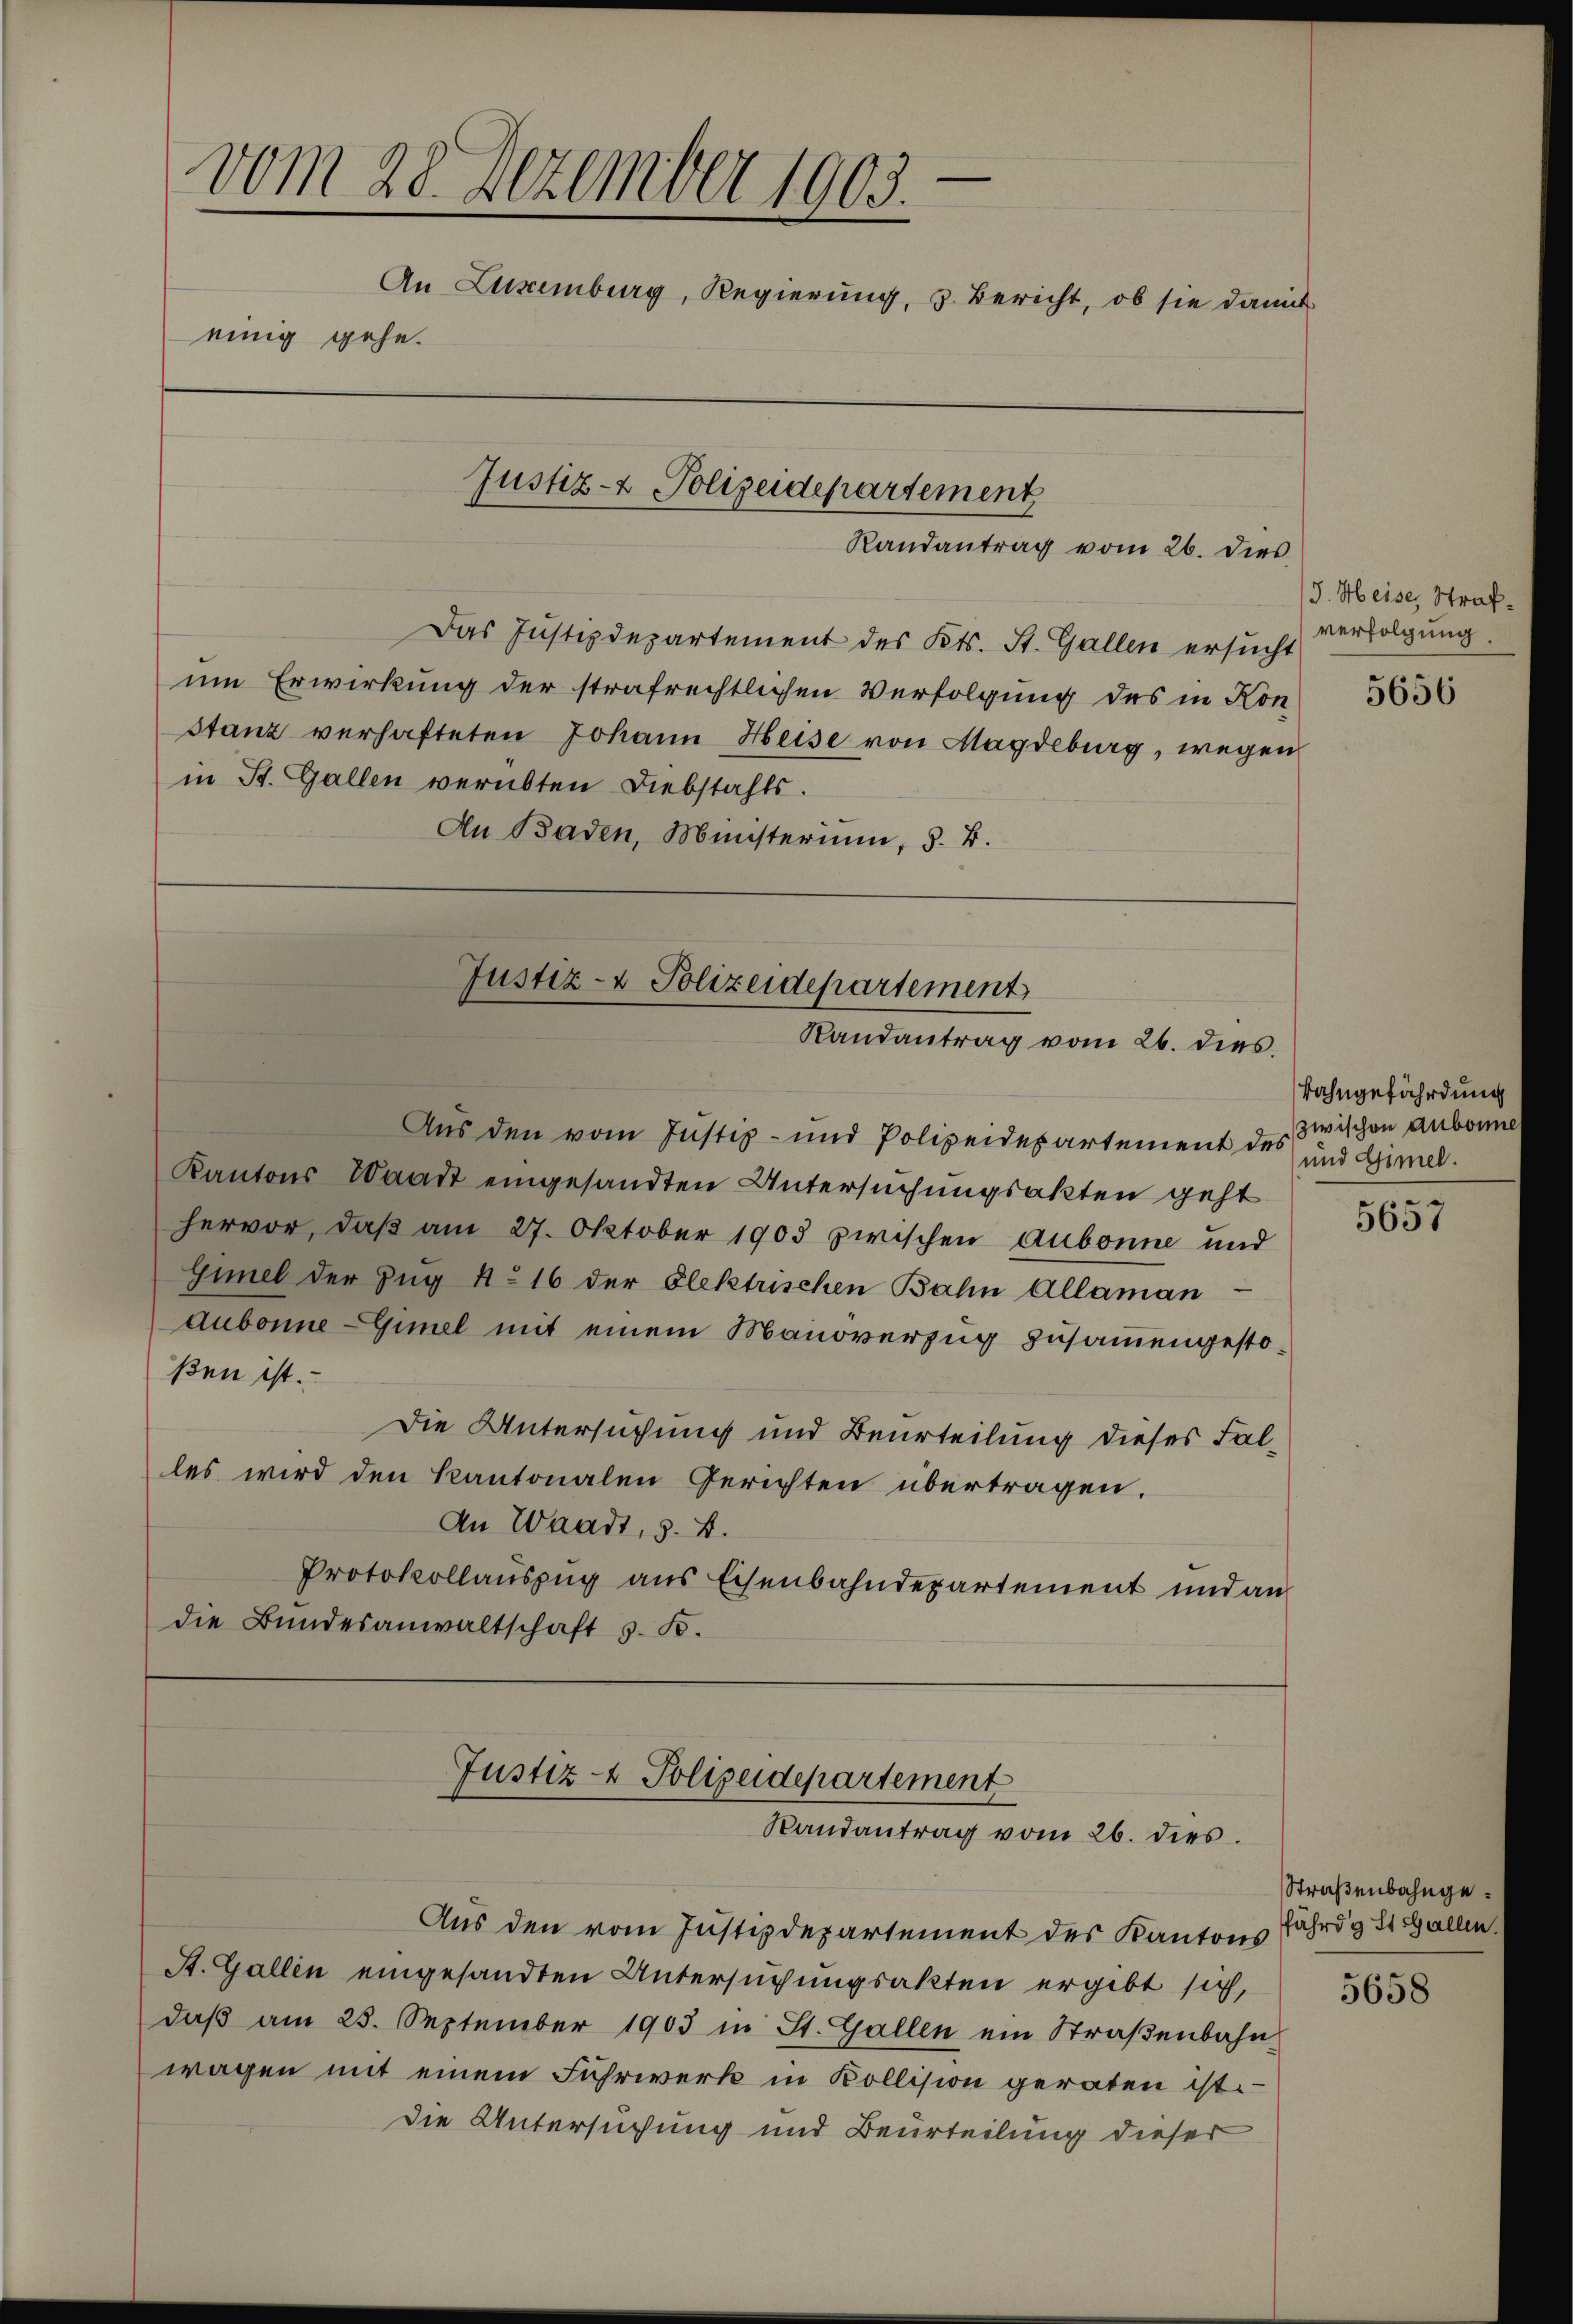
vom 28. Dezember 1903.
An Luxenburg, Regierung, 3. Bericht, ob sie damit
einig gehe.
Justiz- & Polizeidepartement
Randantrag vom 26. dies

ßen ist.

Aus den vom Justiz- und Polizeidepartement des und Gimel¬
Kantons Waadt eingesandten Untersuchungsakten geht
hervor, daß am 27. Oktober 1903 zwischen Aubonne und
Gimel der Zug 4. 16 der Elektrischen Bahn Allaman
dubonne -Gimel mit einem Manoverzug zusammengesto¬
Die Untersuchung und Beurteilung dieses Falles wird den Kantonalen Gerichten übertragen.
An Waadt, s. B.
Protokollauszug aus Eisenbahndepartement und an
die Bundesanwaltschaft z. B.

Das Justizdepartement des Kts. St. Gallen ersucht
um Erwirkung der strafrechtlichen Verfolgung des in Kon
stanz verhafteten Johann Heise von Magdeburg, wegen
in St. Gallen verübten Diebstahls.
An Baden, Münsterium, 5. B.

Justiz- & Polizeidepartement
Randantrag vom 26. dies

Justiz- & Polizeidepartement
Randantrag vom 26. dies

Aus den vom Justizdepartement des Kantons Fährig St. Gallen
A. Gallen eingesandten Untersuchungsakten ergibt sich,
daß am 25. September 1903 in St. Gallen ein Straßenbahn
wagen mit einem Fuhrwerk in Kollision geraten ist.
die Untersuchung und Beurteilung dieser

J. Meise, Strafverfolgung.

5656

Bahngefährdung
zwischen Aubonne

.
5657

Straßenbahnge¬

5658